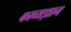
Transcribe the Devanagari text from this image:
काव्यज्ञान